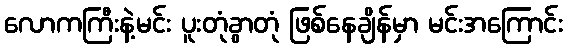
လောကကြီးနဲ့မင်း ပူးတုံခွာတုံ ဖြစ်နေချိန်မှာ မင်းအကြောင်း